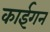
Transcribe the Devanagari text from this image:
काईगन